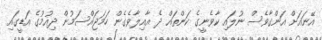
އޭނައަށް އަންގާވެސް ނުލައި ކާވެނީގެ ކަންތައް ދެ އާއިލާވެގެން ހަމަޖައްސަމުން ދިއުމުގެ އަޑީގައި